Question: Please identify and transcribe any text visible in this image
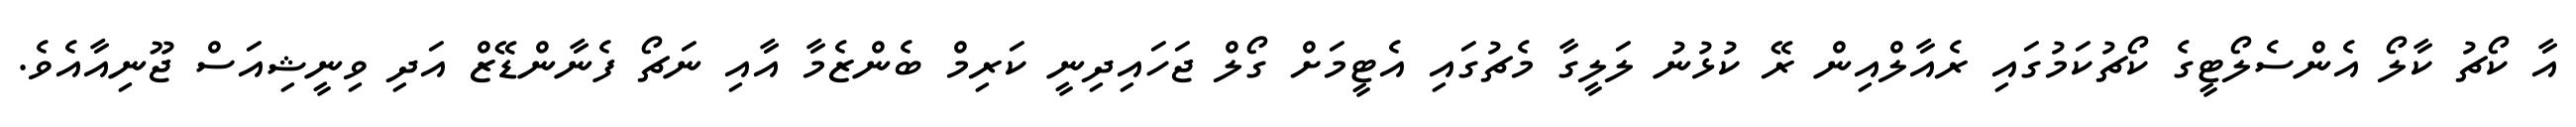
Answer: އާ ކޯޗު ކާލޯ އެންސެލޯޓީގެ ކޯޗުކަމުގައި ރެއާލްއިން ރޭ ކުޅުނު ލަލީގާ މެޗުގައި އެޓީމަށް ގޯލް ޖަހައިދިނީ ކަރިމް ބެންޒެމާ އާއި ނަޗޯ ފެނާންޑޭޒް އަދި ވިނީޝިއަސް ޖޫނިއާއެވެ.